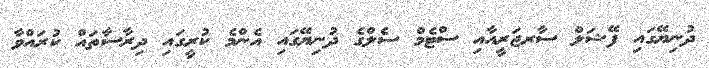
ދުނިޔޭގައި ފޭޝަލް ސާރޖަރީއާއި ސްޓެމް ސެލްގެ ދުނިޔޭގައި އެންމެ ކުރީގައި ދިރާސާތައް ކުރައްވާ